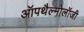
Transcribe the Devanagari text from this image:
ऑपथैल्मोलॉजी